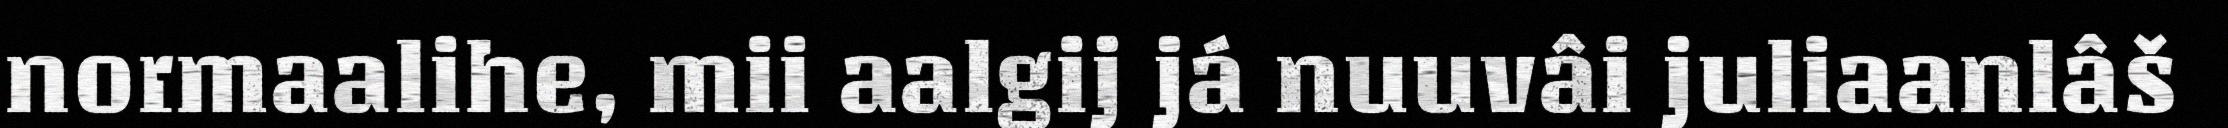
normaalihe, mii aalgij já nuuvâi juliaanlâš